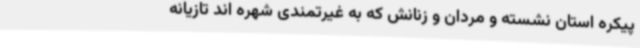
پیکره استان نشسته و مردان و زنانش که به غیرتمندی شهره اند تازیانه